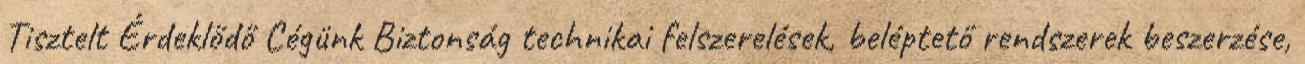
Tisztelt Érdeklődő Cégünk Biztonság technikai felszerelések, beléptető rendszerek beszerzése,